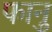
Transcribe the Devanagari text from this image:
फानु